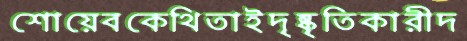
শোয়েবকেথিতাইদৃষ্কৃতিকারীদ